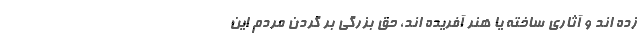
زده اند و آثاری ساخته یا هنر آفریده اند، حق بزرگی بر گردن مردم این